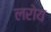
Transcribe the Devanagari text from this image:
लरोय